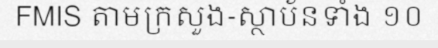
FMIS តាមក្រសួង-ស្ថាប័នទាំង ១០